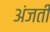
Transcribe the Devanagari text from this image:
अंजती